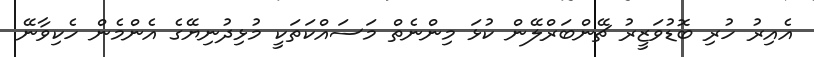
އެއިރު ހުރި ބޮޑުވަޒީރު ޗޭންބަރްލޭން ކުޅަ މިންނެތް މަސައްކަތަކީ މުޅިދުނިޔޭގެ އެންމެން ހެކިވާނޭ